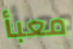
معبأ